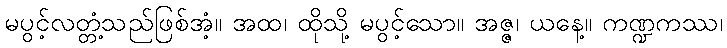
မပွင့်လတ္တံ့သည်ဖြစ်အံ့။ အထ၊ ထိုသို့ မပွင့်သော။ အဇ္ဇ၊ ယနေ့။ ကဏ္ဍကဿ၊